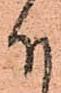
下